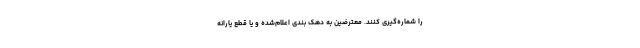
را شماره‌گیری کنند. معترضین به دهک بندی اعلام‌شده و یا قطع یارانه